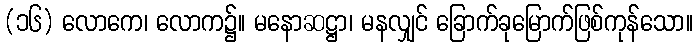
(၁၆) လောကေ၊ လောက၌။ မနောဆဋ္ဌာ၊ မနလျှင် ခြောက်ခုမြောက်ဖြစ်ကုန်သော။